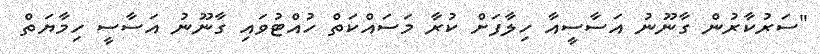
"ސަރުކާރުން ގާނޫނު އަސާސީއާ ހިލާފަށް ކުރާ މަސައްކަތް ހުއްޓުވައި ގާނޫނު އަސާސީ ހިމާޔަތް